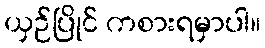
ယှဉ်ပြိုင် ကစားရမှာပါ။